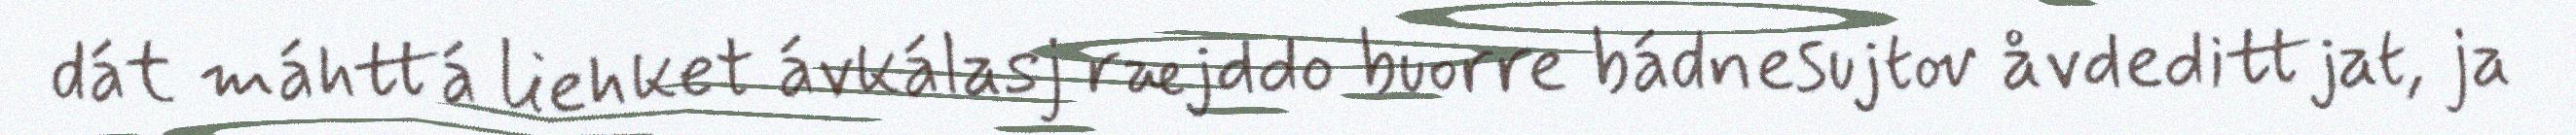
dát máhttá liehket ávkálasj ræjddo buorre bádnesujtov åvdedittjat, ja